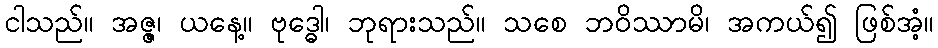
ငါသည်။ အဇ္ဇ၊ ယနေ့။ ဗုဒ္ဓေါ၊ ဘုရားသည်။ သစေ ဘဝိဿာမိ၊ အကယ်၍ ဖြစ်အံ့။